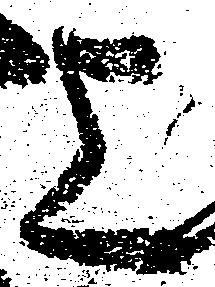
上